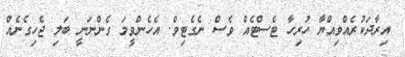
އިރާދަކުރެއްވިއްޔާ ހުރިހާ ޓެސްޓެއް ވެސް ނެގެޓިވް. އެހެންވީމަ ގެންނަނީ ބަލި ޖެހިގެނެއް